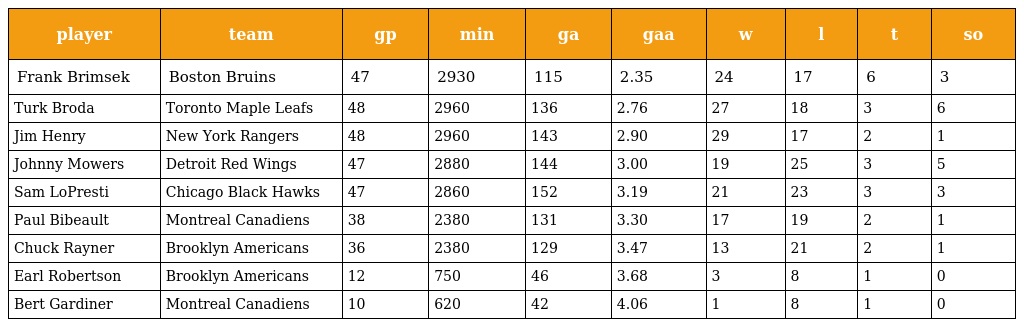
| player | team | gp | min | ga | gaa | w | l | t | so |
 | --- | --- | --- | --- | --- | --- | --- | --- | --- | --- |
 | Frank Brimsek | Boston Bruins | 47 | 2930 | 115 | 2.35 | 24 | 17 | 6 | 3 |
 | Turk Broda | Toronto Maple Leafs | 48 | 2960 | 136 | 2.76 | 27 | 18 | 3 | 6 |
 | Jim Henry | New York Rangers | 48 | 2960 | 143 | 2.90 | 29 | 17 | 2 | 1 |
 | Johnny Mowers | Detroit Red Wings | 47 | 2880 | 144 | 3.00 | 19 | 25 | 3 | 5 |
 | Sam LoPresti | Chicago Black Hawks | 47 | 2860 | 152 | 3.19 | 21 | 23 | 3 | 3 |
 | Paul Bibeault | Montreal Canadiens | 38 | 2380 | 131 | 3.30 | 17 | 19 | 2 | 1 |
 | Chuck Rayner | Brooklyn Americans | 36 | 2380 | 129 | 3.47 | 13 | 21 | 2 | 1 |
 | Earl Robertson | Brooklyn Americans | 12 | 750 | 46 | 3.68 | 3 | 8 | 1 | 0 |
 | Bert Gardiner | Montreal Canadiens | 10 | 620 | 42 | 4.06 | 1 | 8 | 1 | 0 |